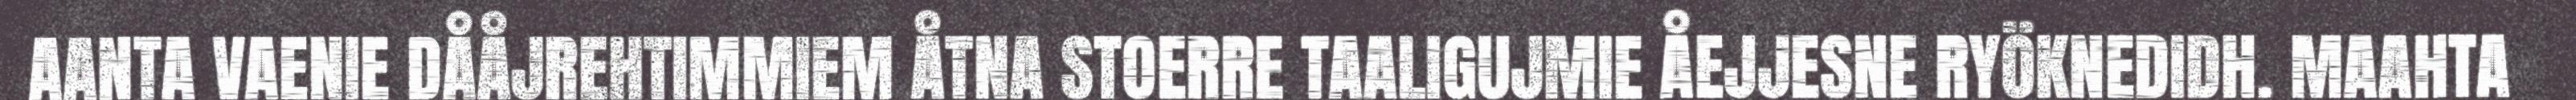
AANTA VAENIE DÅÅJREHTIMMIEM ÅTNA STOERRE TAALIGUJMIE ÅEJJESNE RYÖKNEDIDH. MAAHTA